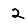
Digit: 2